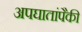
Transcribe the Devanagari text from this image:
अपघातांपैकी